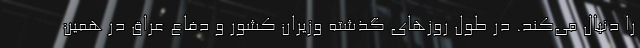
را دنبال می‌کند. در طول روزهای گذشته وزیران کشور و دفاع عراق در همین